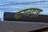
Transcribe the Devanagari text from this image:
कण्ठदाह